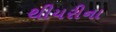
થીયરીના